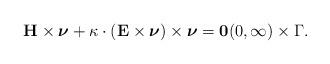
LaTeX: \begin{align*} \mathbf{H} \times \boldsymbol{\nu} + \kappa \cdot (\mathbf{E} \times \boldsymbol{\nu}) \times \boldsymbol{\nu} = \mathbf{0} (0, \infty) \times \Gamma. \end{align*}